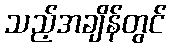
သည့်အချိန်တွင်